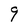
Character: 9